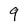
Character: 9